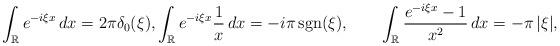
LaTeX: \begin{align*}\int_{\mathbb{R}}e^{-i\xi x}\,dx=2\pi\delta_0(\xi),\int_{\mathbb{R}}e^{-i\xi x}\frac{1}{x}\,dx=-i\pi\,\mathrm{sgn}(\xi),\qquad\int_{\mathbb{R}}\frac{e^{-i\xi x}-1}{x^2}\,dx=-\pi\,|\xi|,\end{align*}